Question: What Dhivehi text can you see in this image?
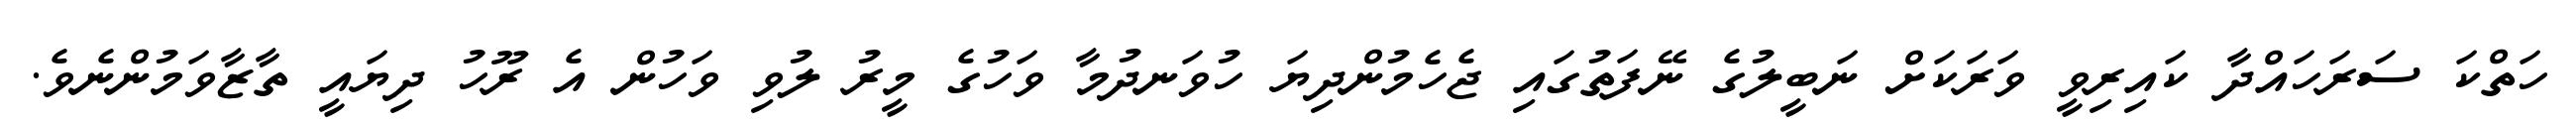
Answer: ހަތްކަ ސަރަހައްދާ ކައިރިވީ ވަރަކަށް ނަބީލުގެ ނޭފަތުގައި ޖެހެމުންދިޔަ ހުވަނދުމާ ވަހުގެ މީރު ލުވި ވަހުން އެ ރޫހު ދިޔައީ ތާޒާވަމުންނެވެ.